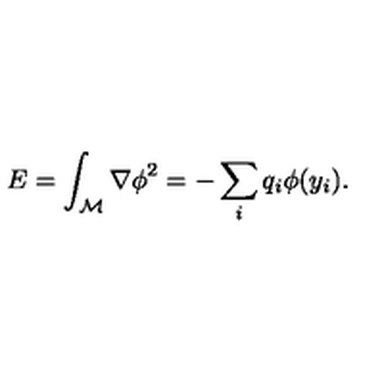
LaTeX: E = \int _ { { \cal M } } { \nabla \phi } ^ { 2 } = - \sum _ { i } q _ { i } \phi ( y _ { i } ) .